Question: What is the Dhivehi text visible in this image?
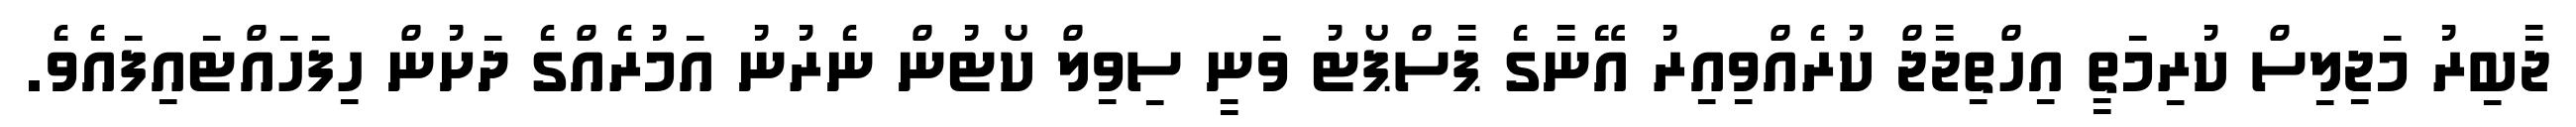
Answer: ޖާބިރު މަޖިލިސް ކުރިމަތީ އިހްތިޖާޖް ކުރެއްވިއިރު އޭނާގެ ޕާސްޕޯޓު ވަނީ ސިވިލް ކޯޓުން ނެރުނު އަމުރެއްގެ ދަށުން ހިފަހައްޓައިފައެވެ.